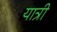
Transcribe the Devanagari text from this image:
यात्री